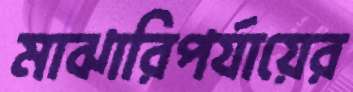
মাঝারিপর্যায়ের